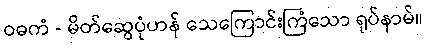
ဝဓကံ - မိတ်ဆွေပုံဟန် သေကြောင်းကြံသော ရုပ်နာမ်။